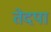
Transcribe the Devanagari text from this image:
तेदपा